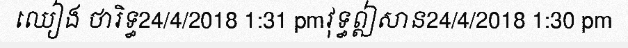
ឈៀង ថារិទ្ធ24/4/2018 1:31 pmវុទ្ធឦសាន24/4/2018 1:30 pm